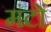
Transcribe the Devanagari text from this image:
मंटों